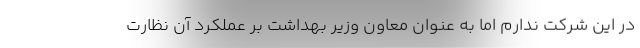
در این شرکت ندارم اما به عنوان معاون وزیر بهداشت بر عملکرد آن نظارت